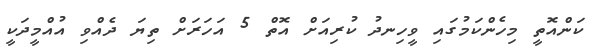
ކަންއޮތީ މިހެންކަމުގައި ވީހިނދު ކުރިއަށް އޮތް 5 އަހަރަށް ތިޔަ ދެއްވި އުއްމީދަކީ